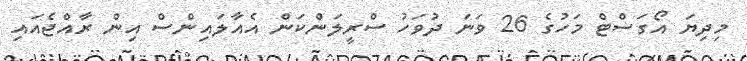
މިދިޔަ އޯގަސްޓް މަހުގެ 26 ވަނަ ދުވަހު ސްރީލަންކަން އެއާލައިންސް އިން ރާއްޖެއައި